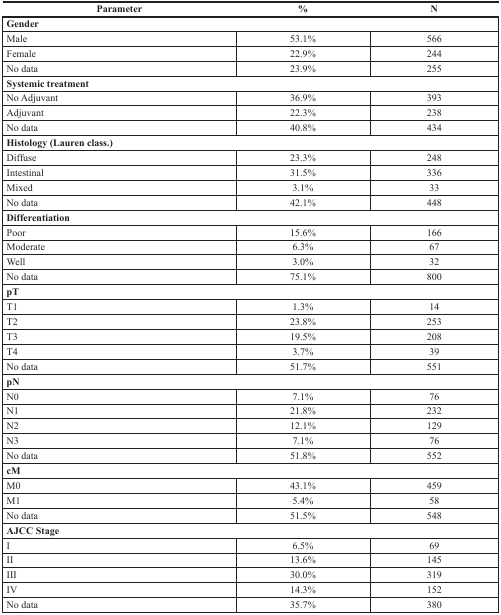
<table><thead><tr><td><b>Parameter</b></td><td><b>%</b></td><td><b>N</b></td></tr></thead><tbody><tr><td colspan="3"><b>Gender</b></td></tr><tr><td>Male</td><td>53.1%</td><td>566</td></tr><tr><td>Female</td><td>22.9%</td><td>244</td></tr><tr><td>No data</td><td>23.9%</td><td>255</td></tr><tr><td colspan="3"><b>Systemic treatment</b></td></tr><tr><td>No Adjuvant</td><td>36.9%</td><td>393</td></tr><tr><td>Adjuvant</td><td>22.3%</td><td>238</td></tr><tr><td>No data</td><td>40.8%</td><td>434</td></tr><tr><td colspan="3"><b>Histology (Lauren class.)</b></td></tr><tr><td>Diffuse</td><td>23.3%</td><td>248</td></tr><tr><td>Intestinal</td><td>31.5%</td><td>336</td></tr><tr><td>Mixed</td><td>3.1%</td><td>33</td></tr><tr><td>No data</td><td>42.1%</td><td>448</td></tr><tr><td colspan="3"><b>Differentiation</b></td></tr><tr><td>Poor</td><td>15.6%</td><td>166</td></tr><tr><td>Moderate</td><td>6.3%</td><td>67</td></tr><tr><td>Well</td><td>3.0%</td><td>32</td></tr><tr><td>No data</td><td>75.1%</td><td>800</td></tr><tr><td colspan="3"><b>pT</b></td></tr><tr><td>T1</td><td>1.3%</td><td>14</td></tr><tr><td>T2</td><td>23.8%</td><td>253</td></tr><tr><td>T3</td><td>19.5%</td><td>208</td></tr><tr><td>T4</td><td>3.7%</td><td>39</td></tr><tr><td>No data</td><td>51.7%</td><td>551</td></tr><tr><td colspan="3"><b>pN</b></td></tr><tr><td>N0</td><td>7.1%</td><td>76</td></tr><tr><td>N1</td><td>21.8%</td><td>232</td></tr><tr><td>N2</td><td>12.1%</td><td>129</td></tr><tr><td>N3</td><td>7.1%</td><td>76</td></tr><tr><td>No data</td><td>51.8%</td><td>552</td></tr><tr><td colspan="3"><b>cM</b></td></tr><tr><td>M0</td><td>43.1%</td><td>459</td></tr><tr><td>M1</td><td>5.4%</td><td>58</td></tr><tr><td>No data</td><td>51.5%</td><td>548</td></tr><tr><td colspan="3"><b>AJCC Stage</b></td></tr><tr><td>I</td><td>6.5%</td><td>69</td></tr><tr><td>II</td><td>13.6%</td><td>145</td></tr><tr><td>III</td><td>30.0%</td><td>319</td></tr><tr><td>IV</td><td>14.3%</td><td>152</td></tr><tr><td>No data</td><td>35.7%</td><td>380</td></tr></tbody></table>